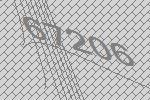
67206